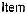
ITEM